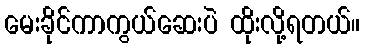
မေးခိုင်ကာကွယ်ဆေးပဲ ထိုးလို့ရတယ်။